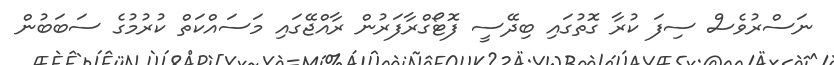
ނަސްރުވެސް ސިފަ ކުރާ ގޮތުގައި ބިދޭސީ ފޮޓޯގްރާފަރުން ރާއްޖޭގައި މަސައްކަތް ކުރުމުގެ ސަބަބުން